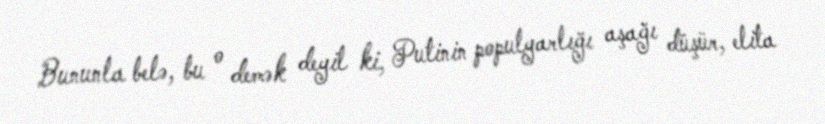
Bununla belə, bu o demək deyil ki, Putinin populyarlığı aşağı düşür, elita